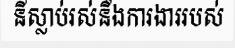
នីស្លាប់រស់នឹងការងាររបស់